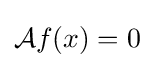
{\mathcal {A}}f(x)=0